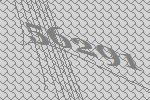
56291